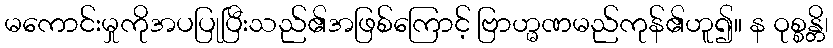
မကောင်းမှုကိုအပပြုပြီးသည်၏အဖြစ်ကြောင့် ဗြာဟ္မဏမည်ကုန်၏ဟူ၍။ န ဝုစ္စန္တိ၊